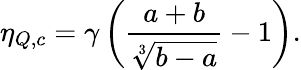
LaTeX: \eta_{Q,c}=\gamma\left(\frac{a+b}{\sqrt[3]{b-a}}-1\right).